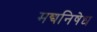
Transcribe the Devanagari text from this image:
मद्यनिषेध